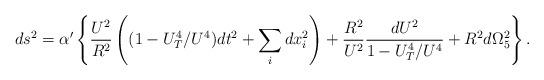
LaTeX: \begin{align*}ds^2=\alpha'\left\{\frac{U^2}{R^2}\left((1-U_T^4/U^4)dt^2+ \sum_i dx_i^2\right)+\frac{R^2}{U^2}\frac{dU^2}{1-U_T^4/U^4}+R^2d\Omega_5^2\right\}.\end{align*}